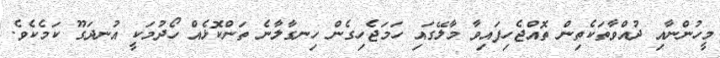
މީހުންނާއި ދުއްވާތަކެތިން ތޮއްޖެހިފައިވާ މާލޭގައި ހަމަޖެހިގެން ހިނގާލާނެ ތަންކޮޅެއް ހޯދުމަކީ އުނދަގޫ ކަމެކެވެ.